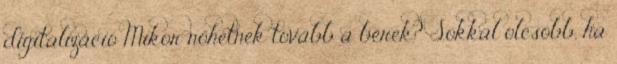
digitalizáció Mikor nőhetnek tovább a bérek? Sokkal olcsóbb, ha